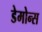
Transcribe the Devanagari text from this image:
डेमोन्स